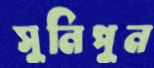
সুনিপুন